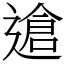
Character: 䢢